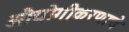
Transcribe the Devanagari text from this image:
औद्योगीकरणाचे